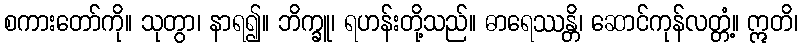
စကားတော်ကို။ သုတွာ၊ နာရ၍။ ဘိက္ခူ၊ ရဟန်းတို့သည်။ ဓာရေဿန္တိ၊ ဆောင်ကုန်လတ္တံ့။ ဣတိ၊